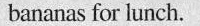
bananas for lunch.